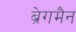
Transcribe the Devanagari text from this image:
ब्रेगमैन